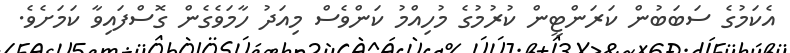
އެކަމުގެ ސަބަބުން ކަރަންޓީން ކުރުމުގެ މުހިއްމު ކަންވެސް މިއަދު ހާމަވެގެން ގޮސްފައިވާ ކަމަށެވެ.